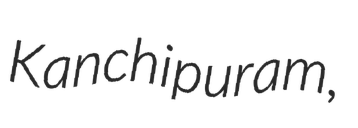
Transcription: Kanchipuram,